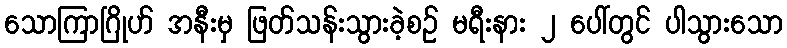
သောကြာဂြိုဟ် အနီးမှ ဖြတ်သန်းသွားခဲ့စဉ် မရီးနား ၂ ပေါ်တွင် ပါသွားသော